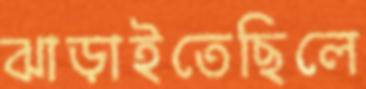
ঝাড়াইতেছিলে